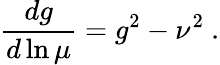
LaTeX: {\frac{dg}{d\ln\mu}}=g^{2}-\nu^{2}~.